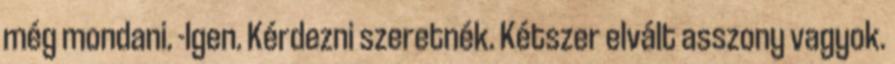
még mondani. -Igen. Kérdezni szeretnék. Kétszer elvált asszony vagyok.